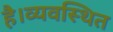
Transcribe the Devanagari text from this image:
है।व्यवस्थित